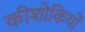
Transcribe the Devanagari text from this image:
कीशोकियों